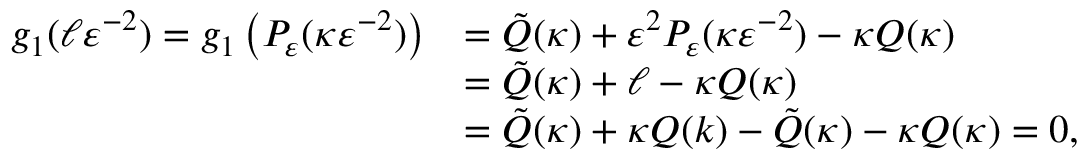
\begin{array} { r l } { g _ { 1 } ( \ell \varepsilon ^ { - 2 } ) = g _ { 1 } \left( P _ { \varepsilon } ( \kappa \varepsilon ^ { - 2 } ) \right) } & { = \tilde { Q } ( \kappa ) + \varepsilon ^ { 2 } P _ { \varepsilon } ( \kappa \varepsilon ^ { - 2 } ) - \kappa Q ( \kappa ) } \\ & { = \tilde { Q } ( \kappa ) + \ell - \kappa Q ( \kappa ) } \\ & { = \tilde { Q } ( \kappa ) + \kappa Q ( k ) - \tilde { Q } ( \kappa ) - \kappa Q ( \kappa ) = 0 , } \end{array}